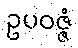
ဥပဝဇ္ဇံ